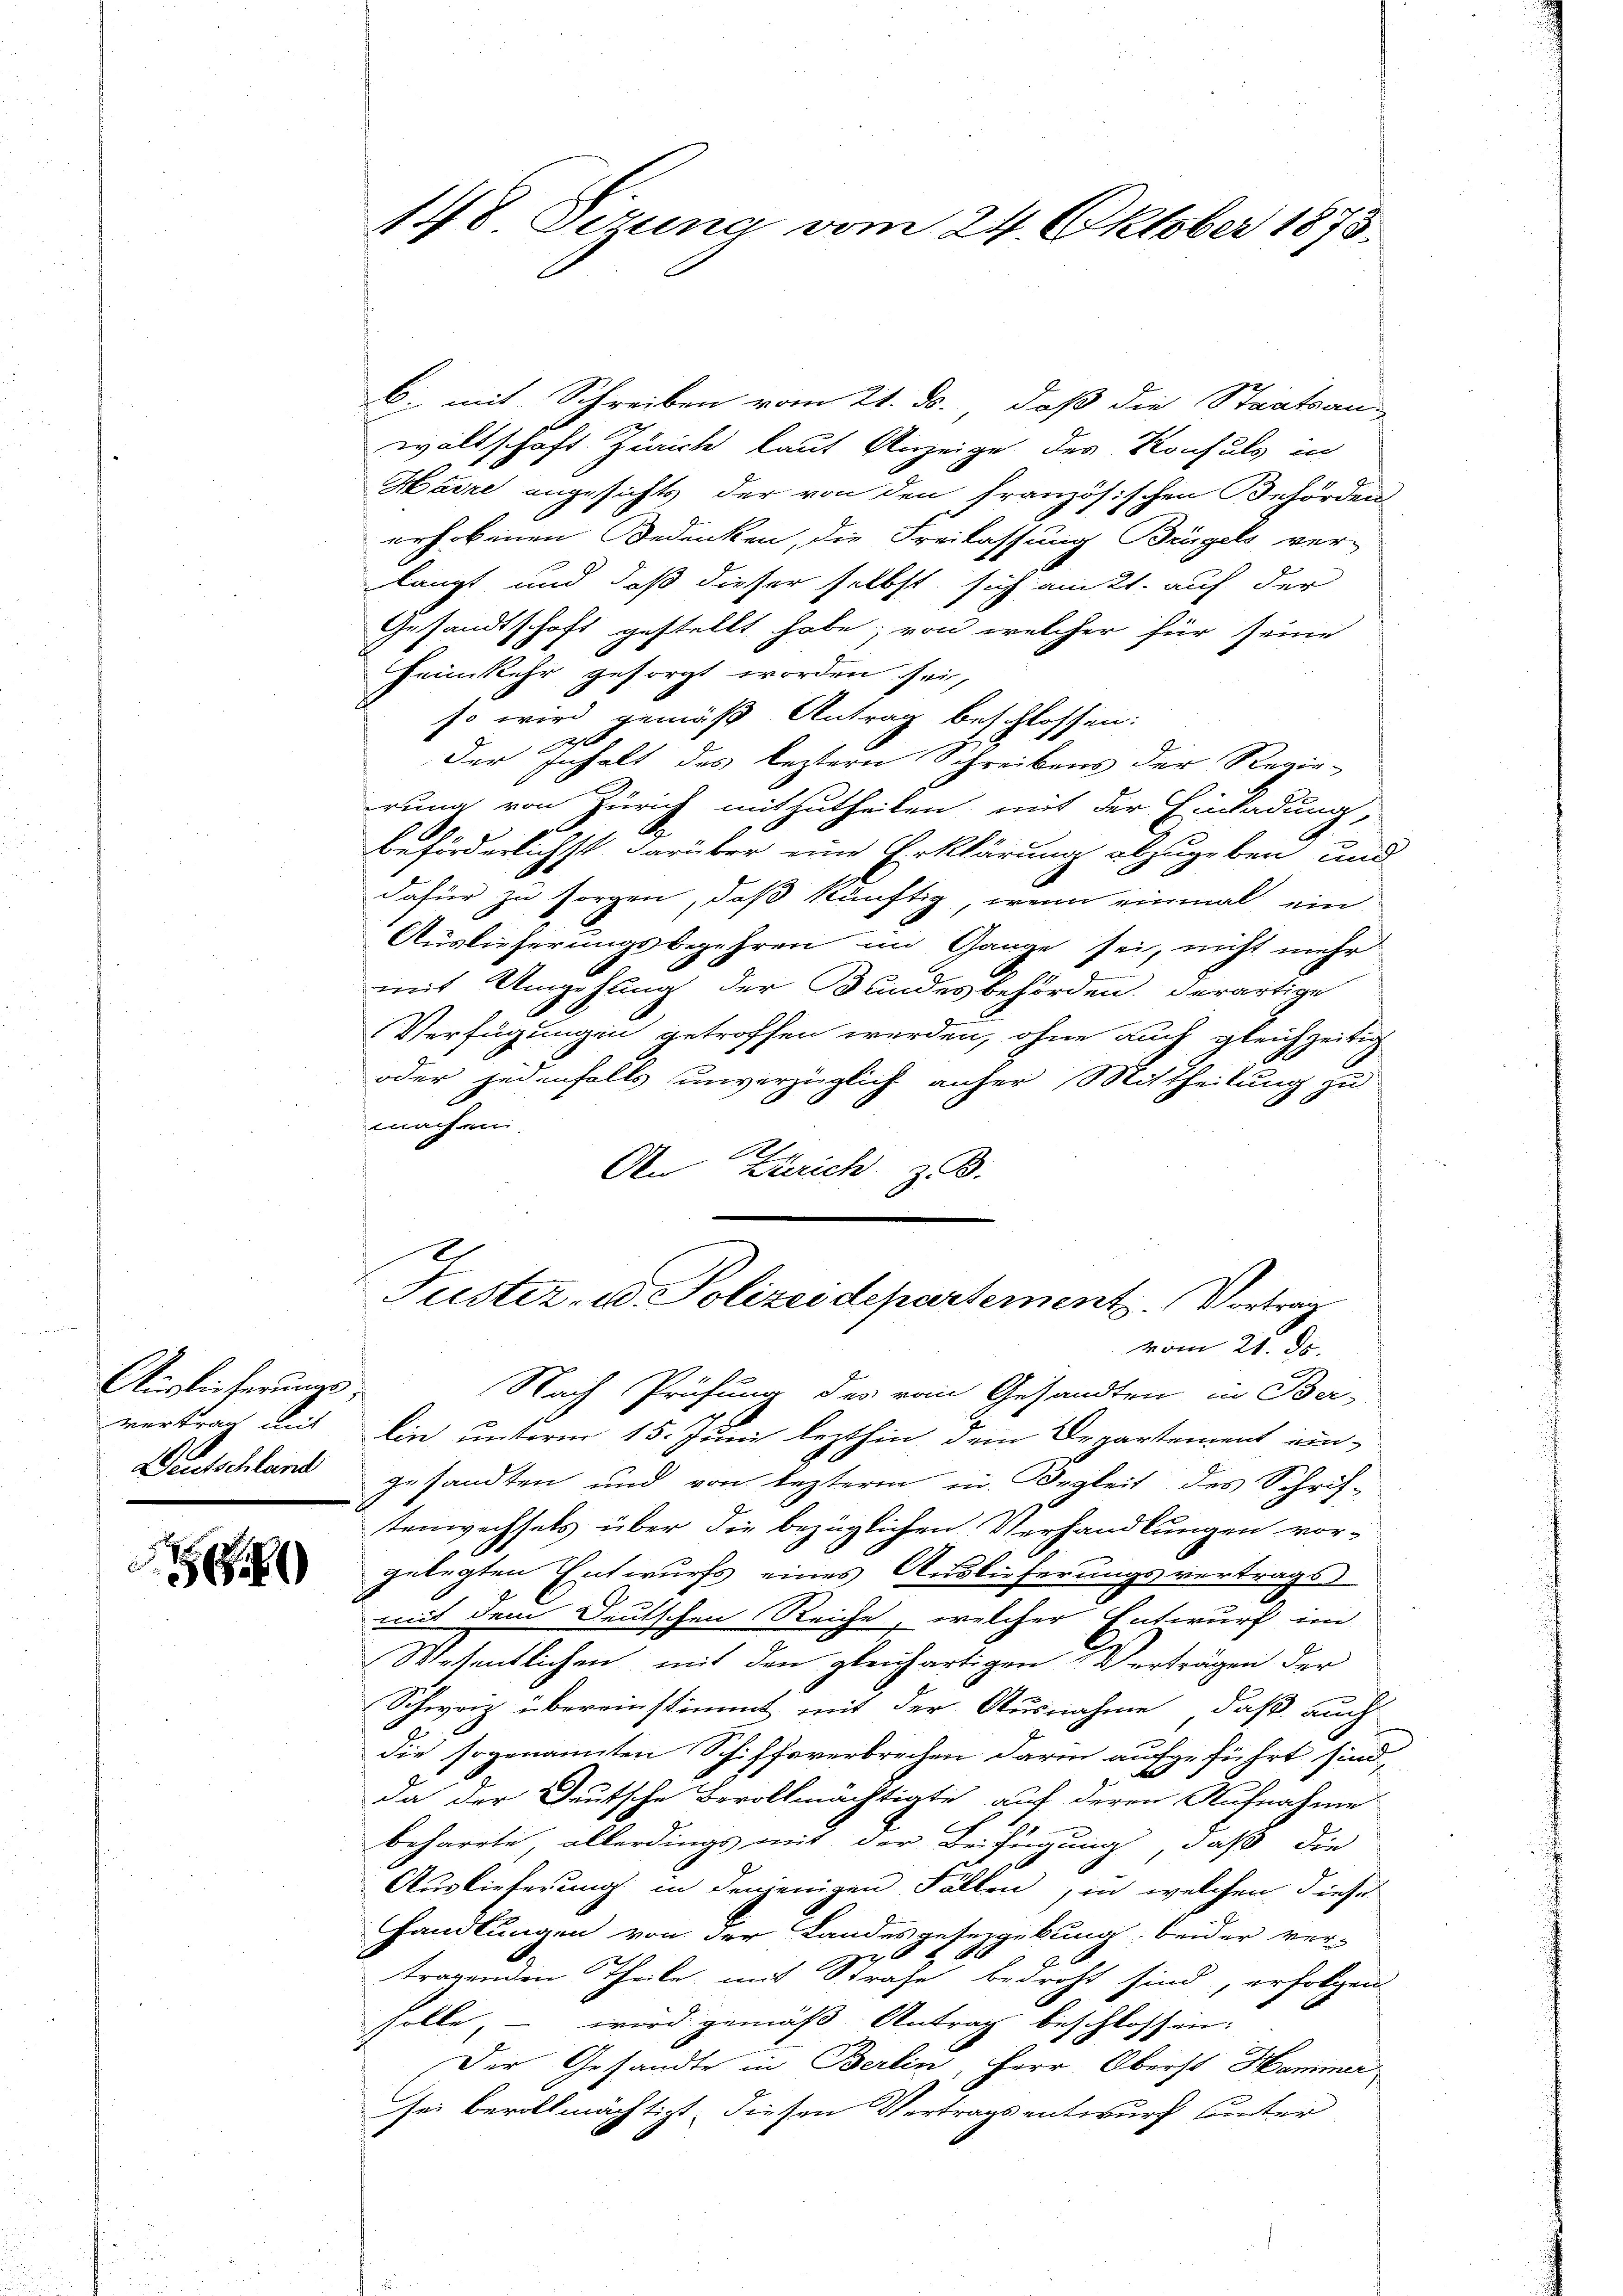
Auslieferungsvertrag mit
Deutschland

8

148 Tizuna vom 24. Oktober 1873.

b. mit Schreiben vom 21. ds., daß die Staatsan-
waltschaft Zürich laut Anzeige des Konsuls in
Harre angesichts der von den französischen Behörden
erhobenen Bedenken, die Freilassung Brügels ver-
langt und daß dieser selbst sich am 21. auf der
Gesandtschaft gestellt habe; von welcher für seine
Heimkehr gesorgt worden sei,
so wird gemäß Antrag beschlossen:
Der
Inhalt des leztern Schreibens der Regie-
rung von Zürich mitzutheilen, mit der Einladung,
beförderlichst darüber eine Erklärung abzugeben und
dafür zu sorgen, daß künftig, wenn einmal ein
Auslieferungsbegehren im Gange sei, nicht mehr
mit Umgehung der Bundesbehörden. Derartige
Verfügungen getroffen werden, ohne auch gleichzeitig
oder jedenfalls unverzüglich anher Mittheilung zu
machen
An Zürich z. B.

Tuster- u. Polizeidepartement. Vortrag
vom 21. ds.

Nach Prüfung des vom Gesandten in Ber-
lin unterm 15. Juni lezthin dem Departement eingesandten und von lezterm in Begleit des Schrif-
tenwechsels über die bezüglichen Verhandlungen vor-
gelegten Entwurfs eines Auslieferungsvertrags
mit dem Deutschen Reiche, welcher Entwurf im
Wesentlichen mit den gleichartigen Verträgen der
Schweiz übereinstimmt mit der Ausnahme, daß auch
die sogenannten Schiffsverbrechen darin aufgeführt sind,
da der Deutsche Bevollmächtigte auf deren Aufnahme
beharrte, allerdings mit der Beifügung, daß die
Auslieferung in denjenigen Fällen, in welchen diese
Handlungen von der Landesgesetzgebung beider ver-
c
tragenden Theile mit Strafe bedroht sind, erfolgen
solle, – wird gemäß Antrag beschlossen:
Der Gesandte in Berlin, Herr Oberst Hammer
sei bevollmächtigt, diesen Vertragsentwurf unter